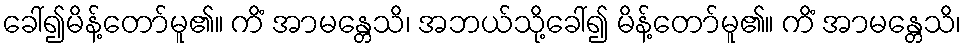
ခေါ်၍မိန့်တော်မူ၏။ ကိံ အာမန္တေသိ၊ အဘယ်သို့ခေါ်၍ မိန့်တော်မူ၏။ ကိံ အာမန္တေသိ၊